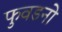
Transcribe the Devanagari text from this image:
फुवडनो